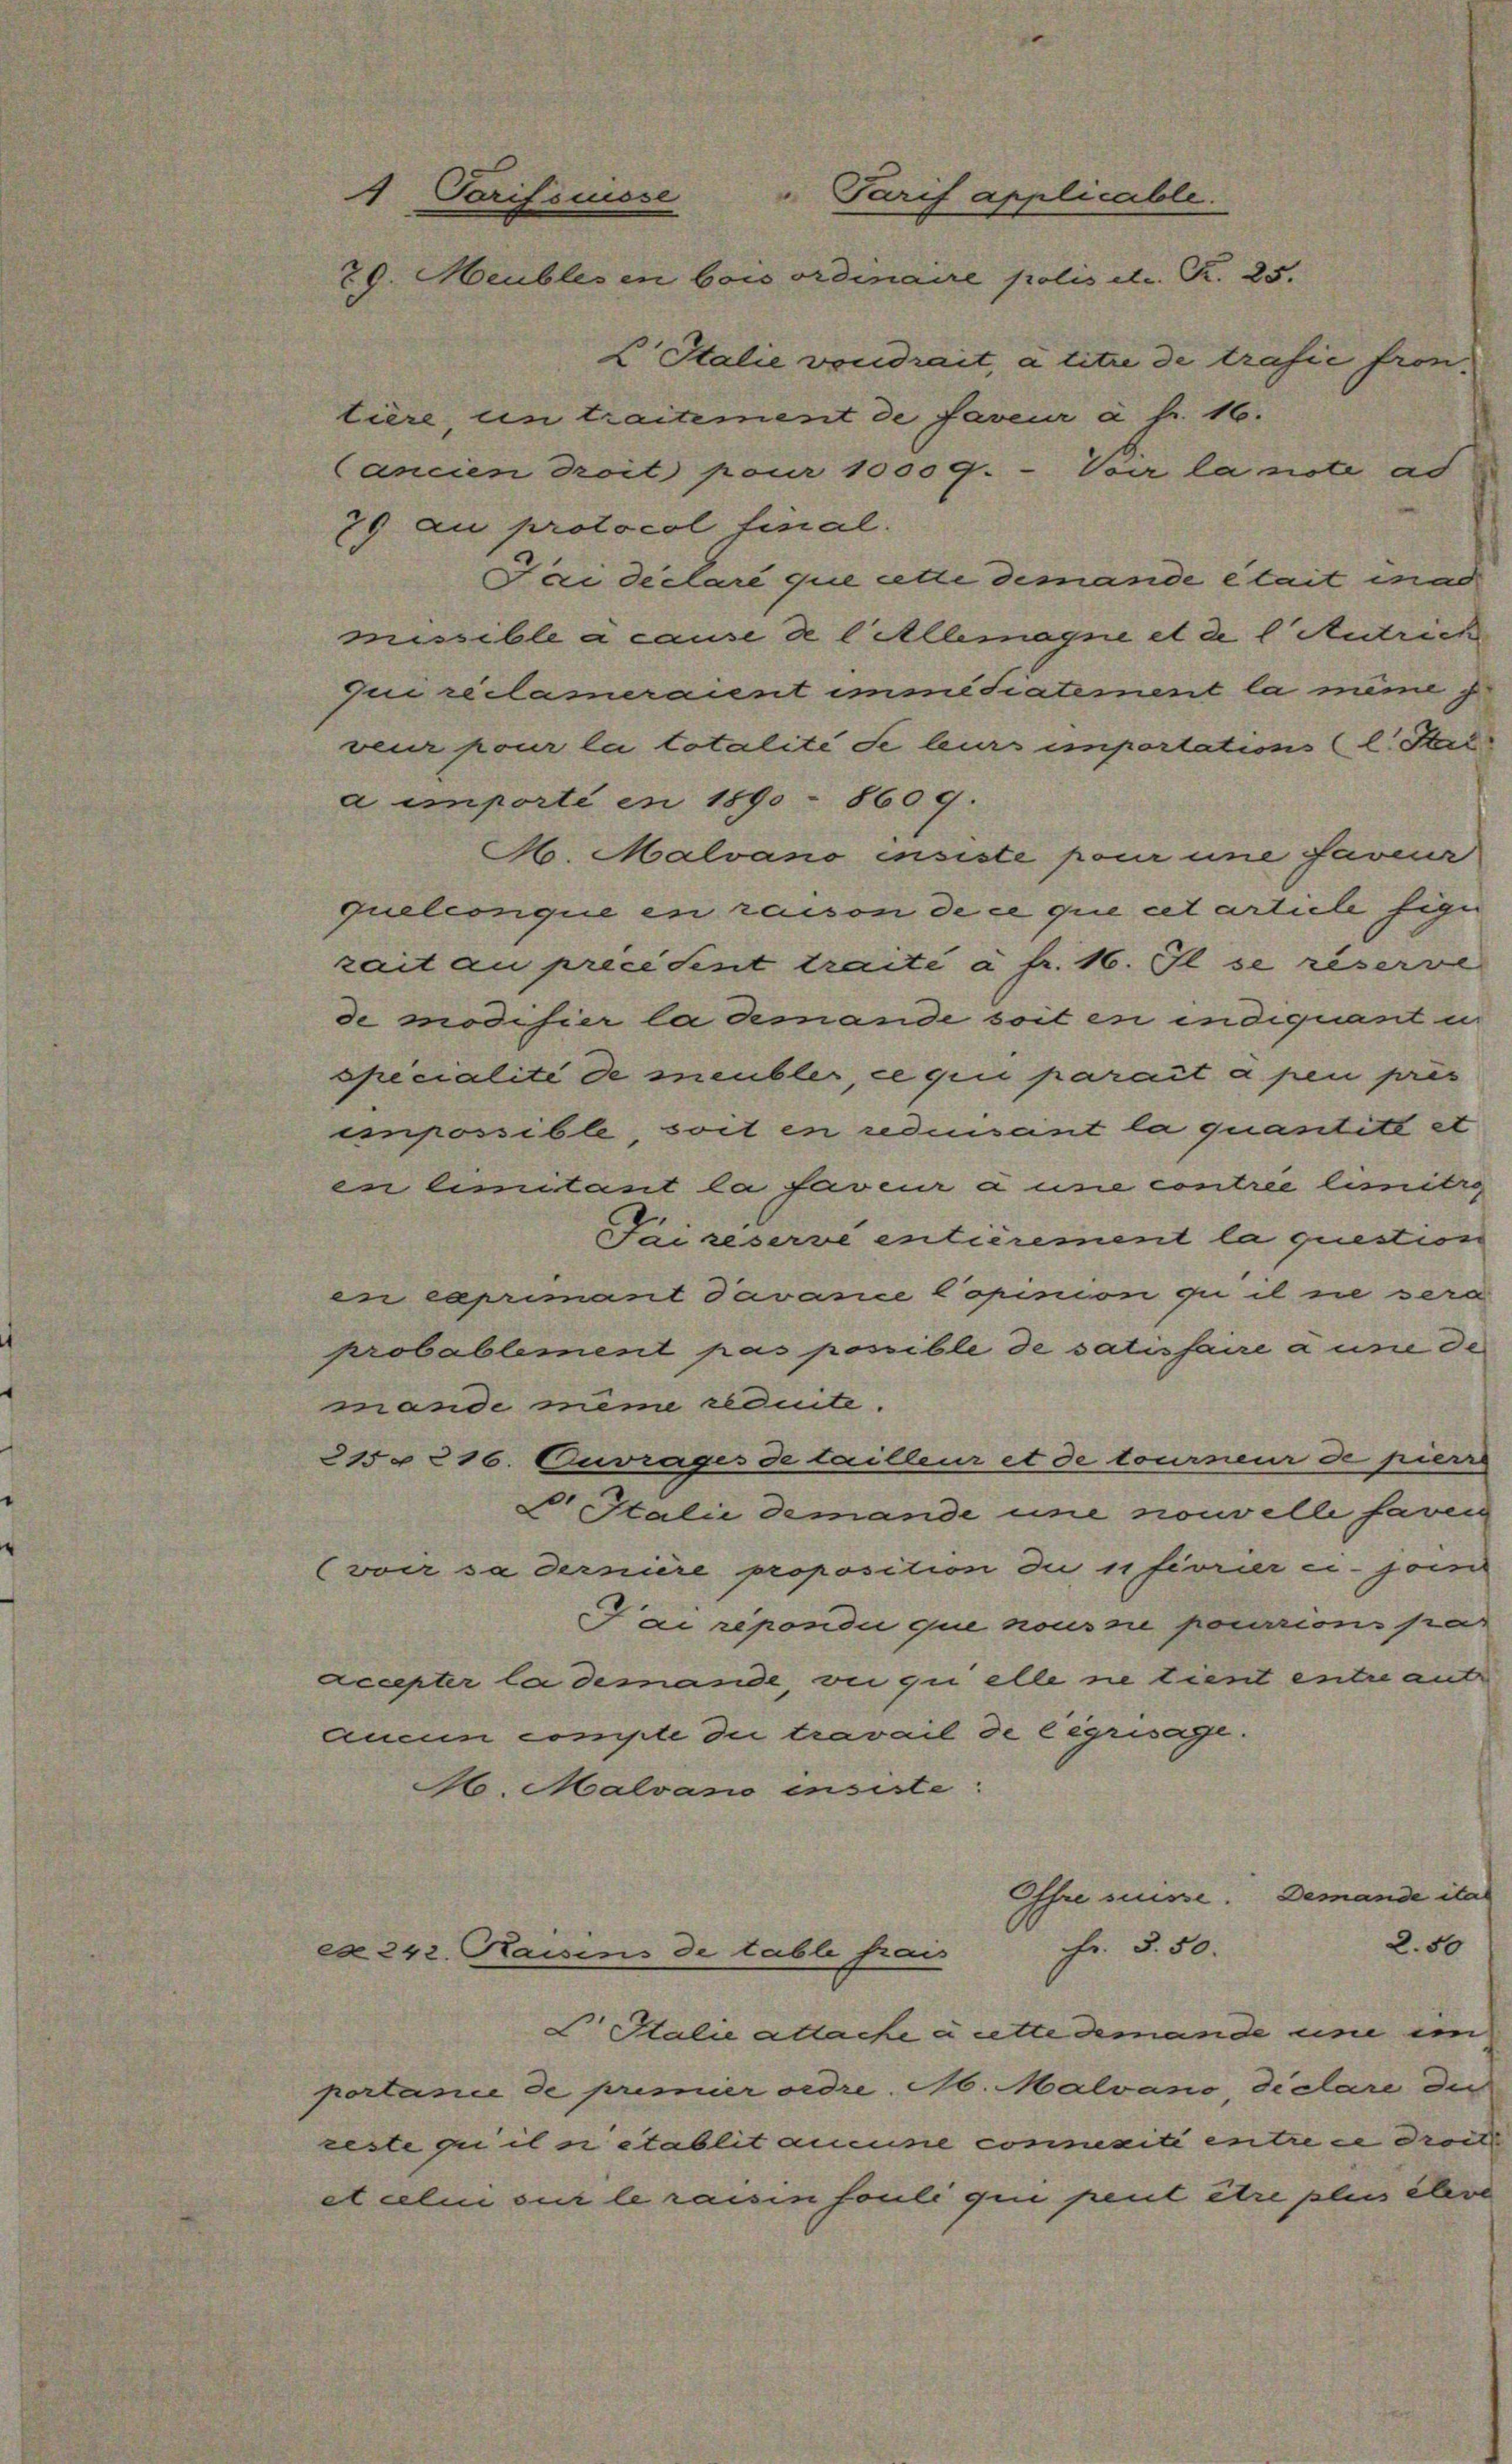
4 Tarifswisse Tarif applicable.
20. Meublesen bois ordinaire polis d. R. 25.

L Italie von drait, à titre de trafie frontiere un traitement de faveur à fr. 16.
Cancien droit pour 10009. - Voir la note ad
79 au protocol final.
Fai declaré que cette demande etait inad
missible a cause de l. Allemagne et de l Antrich
qui reclameraient immédiatement la même i
veur pour la totalité de leurs importations (l. Stel
a importi in 1890 - 8609.
A Malvano insiste pour une faveur
quelinque en raison de ce que cet article sige
zait au preeident traite a fr. 16. Il se reser
de modifier la demande soit en indiquant in
specialité de meubler, ce qui parait a pen pres
impossible, soit en redensent la quantité et
en limitant la faveur à une contree limitig
Sai reserve entièrement la question
en caprimant davance Copinion qui il ne sera
probablement pas possible de satisfaire à une de
mande même reduite.
215 § 216. Ouvrages de lailleur et de tourneur de pierre
Pestalie demande une nouvelle fareig
(von sa dernière proposition du fivrier ci-jom
Fai repondii que nous sie pourrions par
accepter la demande, vie qui alle ne tient entre ant
aucun compte di travail de cégrisage.
A. Malvano insiste
Fr. 5. 50.
ex 242. Raisins de table frais
L Italie attache a atte demande und im
portance de premier ordre. Ab. Malvano, dietare die
eeste gui il ni établit aucune concepiti entre ce droit
etcele sur le raisin fouli que peut être plus eine